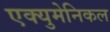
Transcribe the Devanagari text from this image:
एक्युमेनिकल